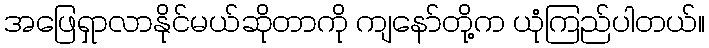
အဖြေရှာလာနိုင်မယ်ဆိုတာကို ကျနော်တို့က ယုံကြည်ပါတယ်။